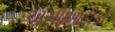
અસીઆટીકા